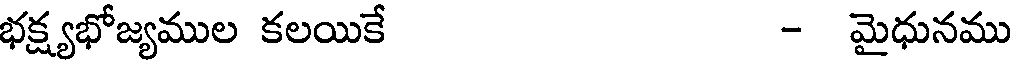
భక్ష్యభోజ్యముల కలయికే - మైధునము